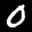
Label: 0